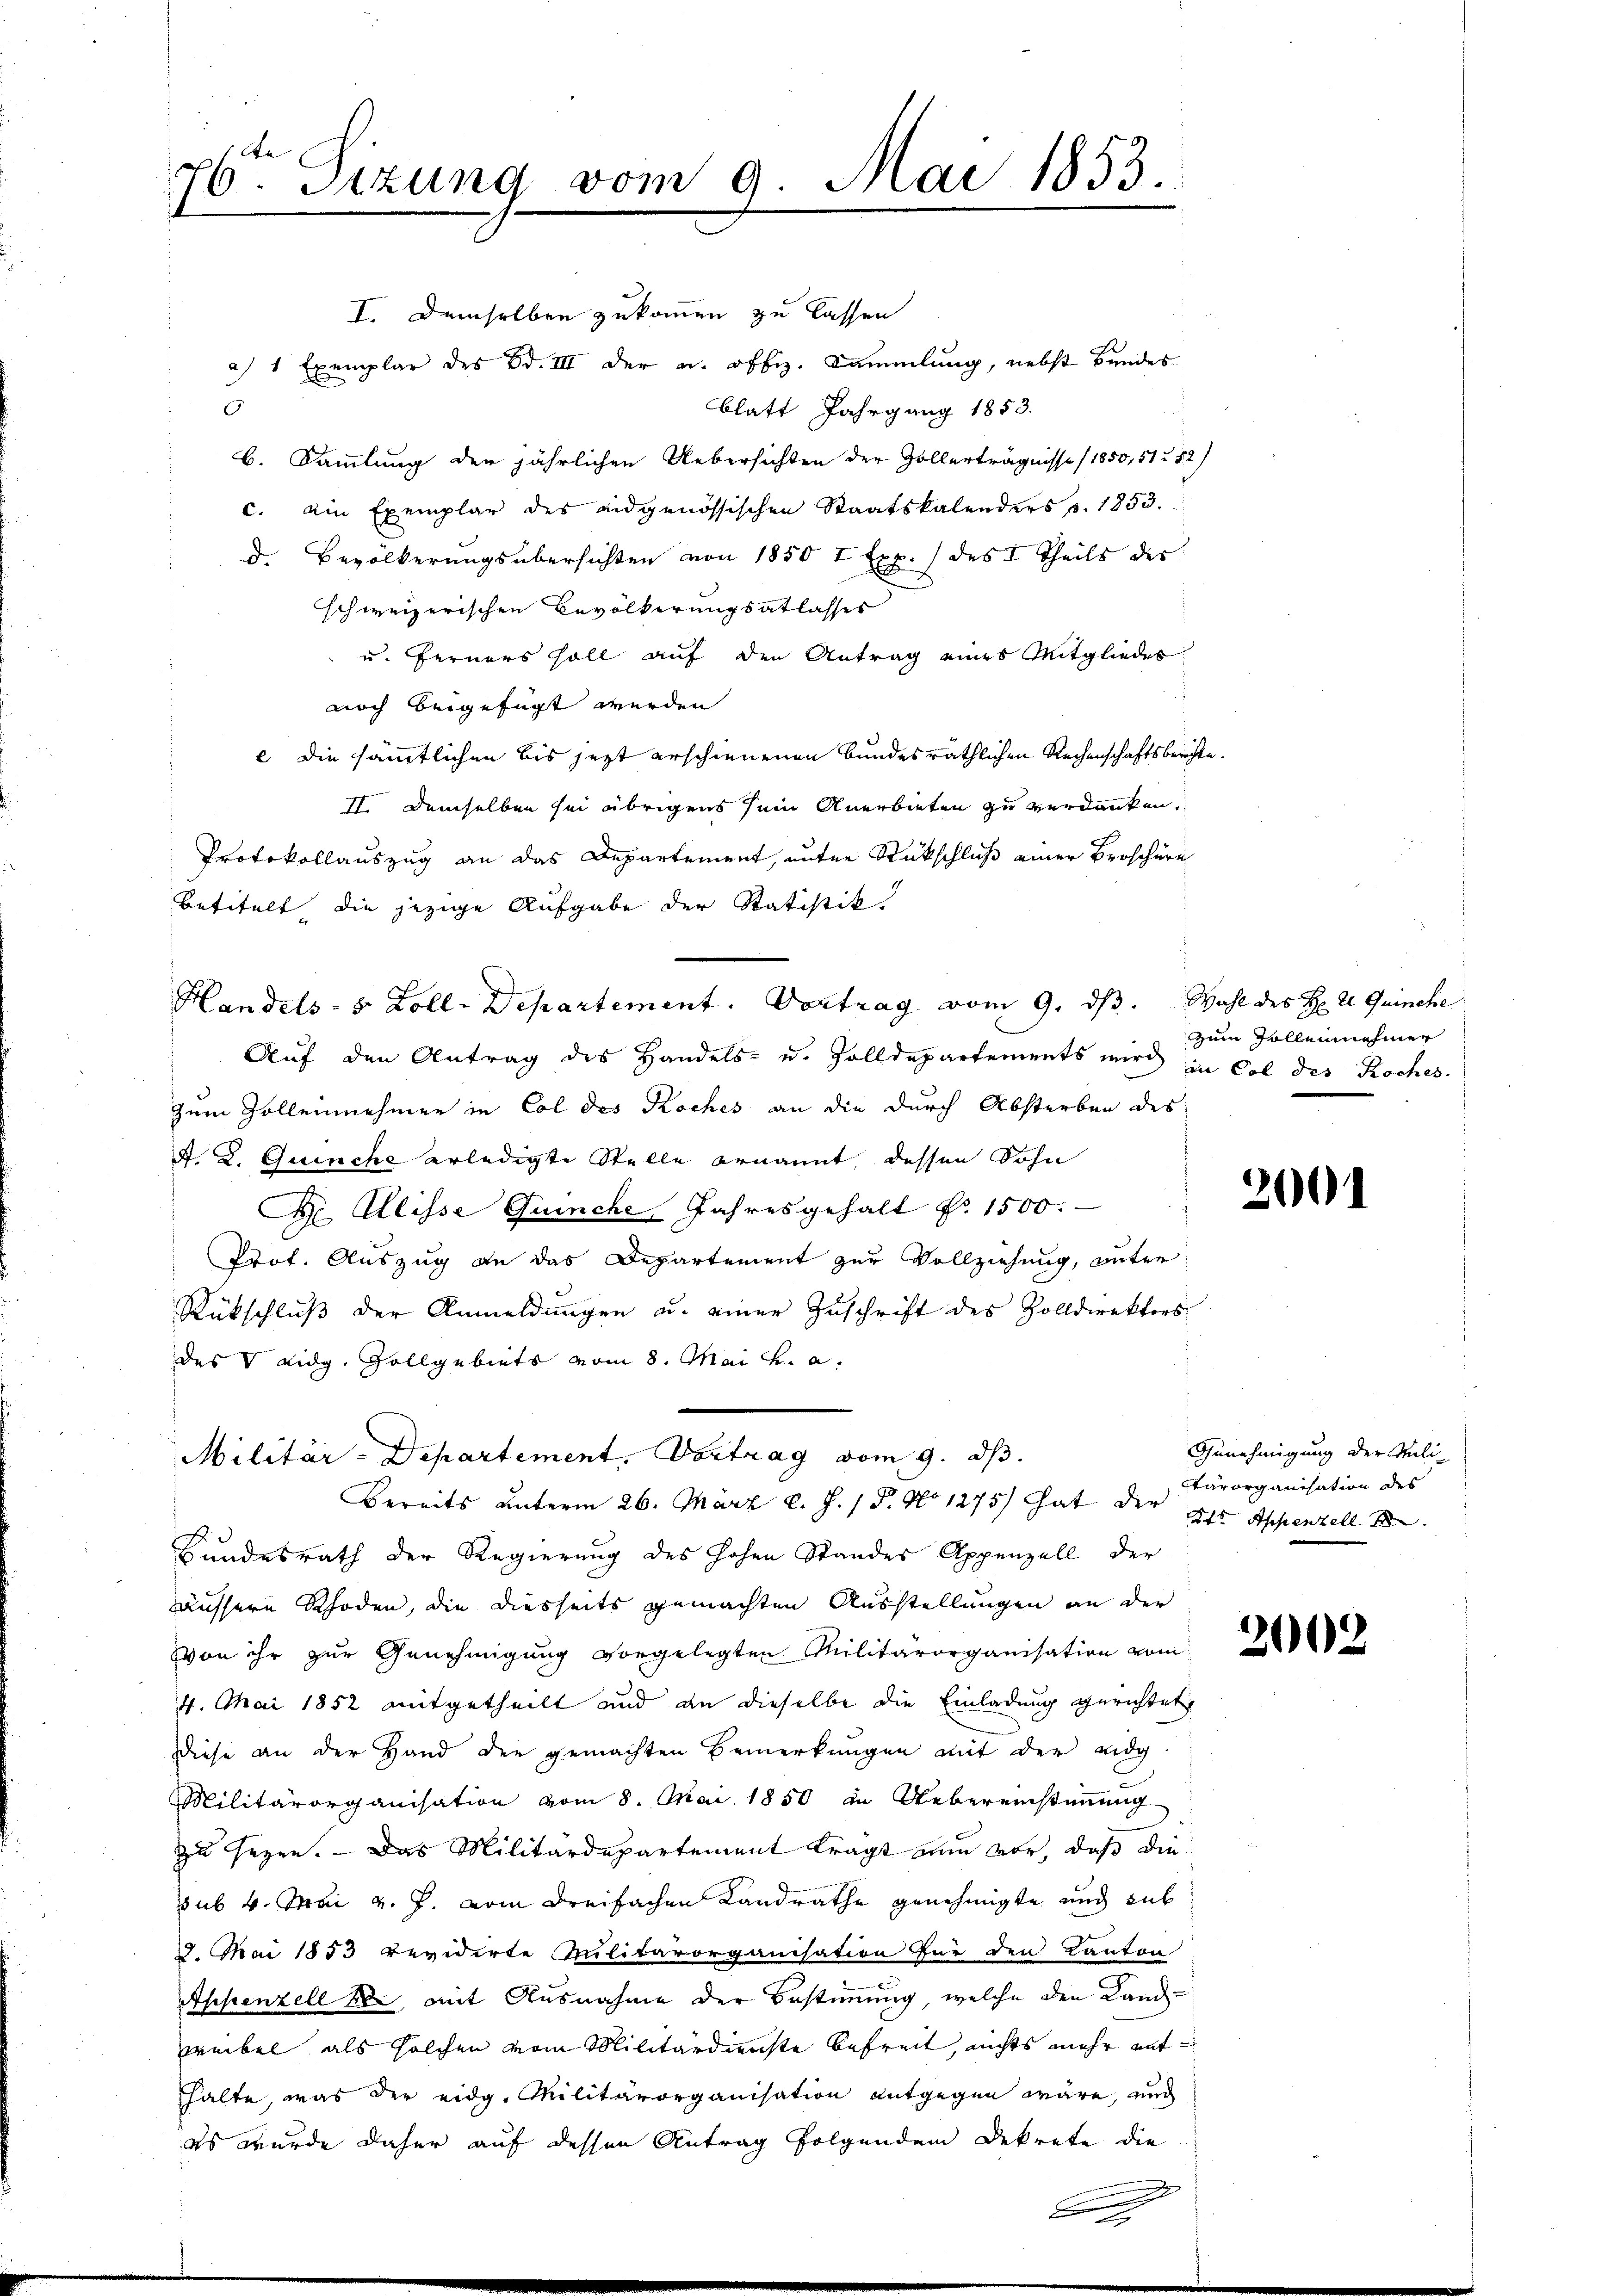
76. Sizung vom 9. Mai 1853.

a) 1 Exemplar des Bd. III der u. offiz. Sammlung, nebst bundes
blatt Jahrgang 1853.
C
b. Sammlung der jährlichen Uebersichten der Zollerträgnisse (1850, 512 52
c. ein Exemplar des eidgenössischen Staatskalenders p. 1853.
d. Bevölkerungsübersichten von 1850 t Exp. 1 des I Theils des
schweizerischen Bevölkerungsatlasses
u. Ferners soll auf den Antrag eines Mitgliedes
noch beigefügt werden
e die sämmtlichen bis jezt erschienenen Bundesräthlichen Rechenschaftsberecht
II. Demselben sei übrigens sein Anerbieten zu verdanken,
Protokollauszug an das Departement, unter Rückschluß einer Broschere
Betitelt die jezige Aufgabe der Statistik
F
Auf den Antrag des Handels- u. Zolldepartements wird in Col des Koches.
zum Zollennehmen in Col des Koches an die durch Absterben des
A. 2. Quinche erledigte Stelle ernannt, dessen Sohn
D. Elisse Guinche Jahresgehalt Fr. 1500.
Prot. Auszug an das Departement zur Vollziehung, unter
Rückschluß der Anmeldungen u. einer Zuschrift des Zolldirektors
des V Lidg. Gollgebiets vom 8. Mai v. a.
Militär-Departement, Vortrag vom 9. ds.
Bereits unterm 26. März l. J. P. No 1275) hat der als Appenzell
Bundesrath der Regierung des hohen Standes Appenzell der
äussere Rhoden, die diesseits gemachten Ausstellungen an der
von ihr zur Genehmigung vorgelegten Militärorganisation vom
4. Mai 1852 mitgetheilt und an dieselbe die Einladung gerichtet,
Diese an der Hand der gemachten Bemerkungen mit der eidg
Militärorganisation vom 8. Mai 1850 in Uebereinstimmung
zu seyen. — Das Militärdepartement trägt nun vor, daß die
ub 4. Mai v. J. vom dreifachen Landrathe genehmigte und sub
2. Mai 1853 revidirte Militärorganisation für den Kanton
Appenzell u. mit Ausnahme der Bestimmung, welche den Landweibel als solchen vom Militärdienste befreit, nichts mehr mit
thalte, was der eidg. Militärorganisation entgegen wäre, und
es wurde daher auf dessen Antrag folgendem Dekrete die

Handels- 5 Zoll-Departement. Vortrag vom 9. ds. Wahl des H r Quinche

x

zzum Sollennehmer

2001

Genehmigung der Militärorganisation des

2002